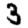
Digit: 3